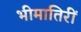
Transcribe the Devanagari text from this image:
भीमातिरीं